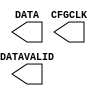
// $Header: /devl/xcs/repo/env/Databases/CAEInterfaces/versclibs/data/blanc/X_USR_ACCESS_VIRTEX6.v,v 1.3 2009/08/22 00:02:07 harikr Exp $
///////////////////////////////////////////////////////
//  Copyright (c) 2009 Xilinx Inc.
//  All Right Reserved.
///////////////////////////////////////////////////////
//
//   ____   ___
//  /   /\/   / 
// /___/  \  /     Vendor      : Xilinx 
// \  \    \/      Version     : 11.1i 
//  \  \           Description : 
//  /  /                      
// /__/   /\       Filename    : X_USR_ACCESS_VIRTEX6.v
// \  \  /  \ 
//  \__\/\__ \                    
//                                 
//  Revision:		1.0
///////////////////////////////////////////////////////

`timescale 1 ps / 1 ps 

module X_USR_ACCESS_VIRTEX6 (
  CFGCLK,
  DATA,
  DATAVALID
);

  parameter LOC = "UNPLACED";

  output CFGCLK;
  output DATAVALID;
  output [31:0] DATA;

endmodule